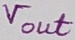
Text: Vout